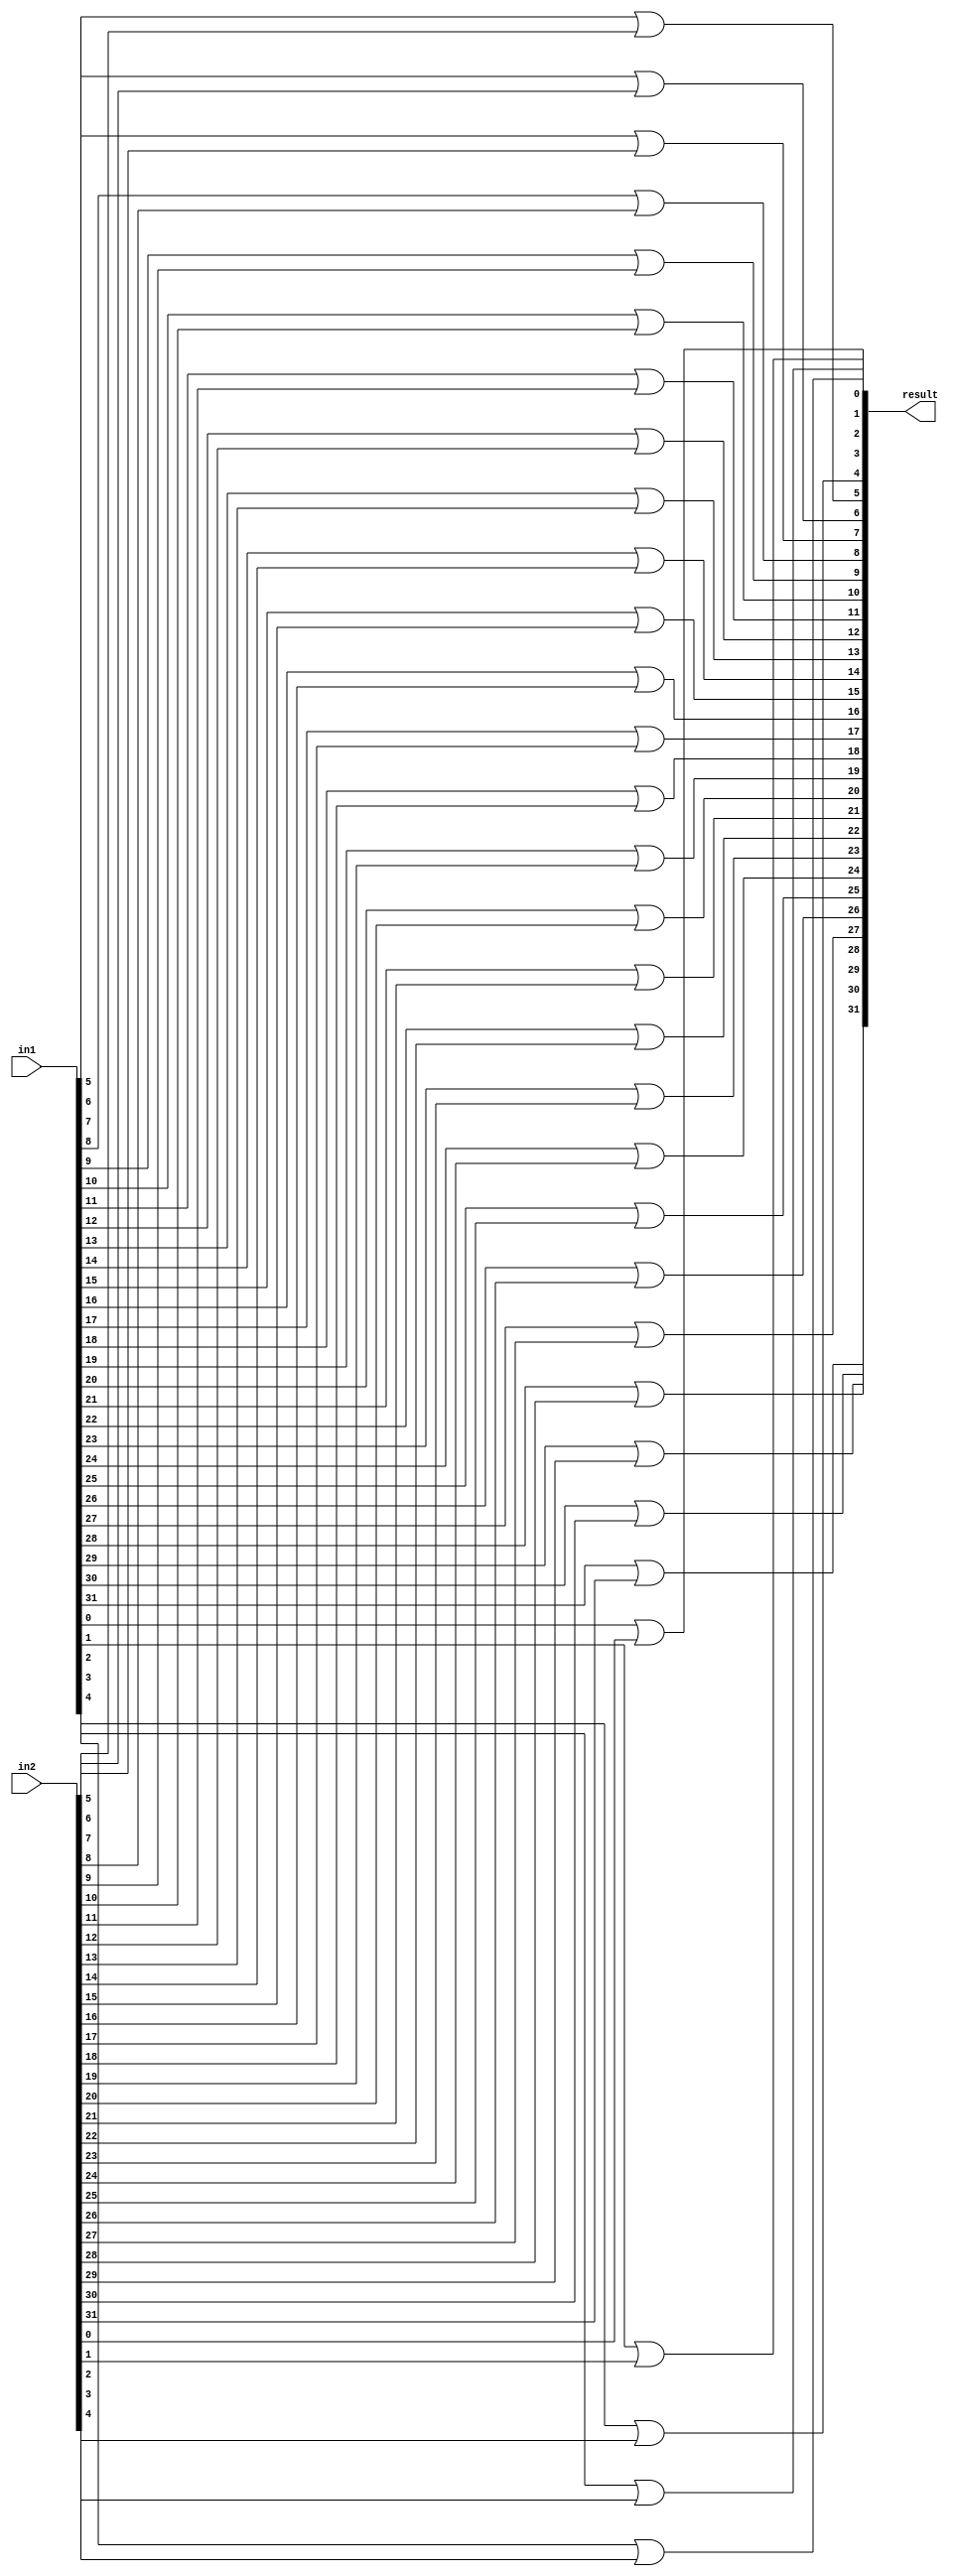
module or32(in1,in2,result);
	input [31:0] in1,in2;
	output [31:0] result;
	
	or(result[0],in1[0],in2[0]);
	or(result[1],in1[1],in2[1]);
	or(result[2],in1[2],in2[2]);
	or(result[3],in1[3],in2[3]);
	or(result[4],in1[4],in2[4]);
	or(result[5],in1[5],in2[5]);
	or(result[6],in1[6],in2[6]);
	or(result[7],in1[7],in2[7]);
	or(result[8],in1[8],in2[8]);
	or(result[9],in1[9],in2[9]);
	or(result[10],in1[10],in2[10]);
	or(result[11],in1[11],in2[11]);
	or(result[12],in1[12],in2[12]);
	or(result[13],in1[13],in2[13]);
	or(result[14],in1[14],in2[14]);
	or(result[15],in1[15],in2[15]);
	or(result[16],in1[16],in2[16]);
	or(result[17],in1[17],in2[17]);
	or(result[18],in1[18],in2[18]);
	or(result[19],in1[19],in2[19]);
	or(result[20],in1[20],in2[20]);
	or(result[21],in1[21],in2[21]);
	or(result[22],in1[22],in2[22]);
	or(result[23],in1[23],in2[23]);
	or(result[24],in1[24],in2[24]);
	or(result[25],in1[25],in2[25]);
	or(result[26],in1[26],in2[26]);
	or(result[27],in1[27],in2[27]);
	or(result[28],in1[28],in2[28]);
	or(result[29],in1[29],in2[29]);
	or(result[30],in1[30],in2[30]);
	or(result[31],in1[31],in2[31]);
endmodule